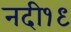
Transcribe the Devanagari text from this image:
नदी१९